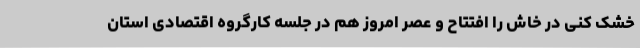
خشک کنی در خاش را افتتاح و عصر امروز هم در جلسه کارگروه اقتصادی استان